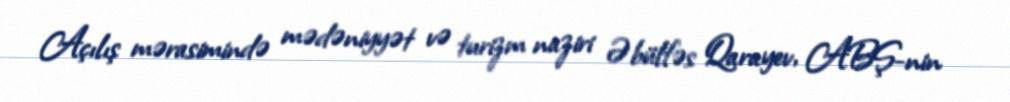
Açılış mərasimində mədəniyyət və turizm naziri Əbülfəs Qarayev, ABŞ-nin